Annual administration and progress report of the Indian Medical Department, Bombay
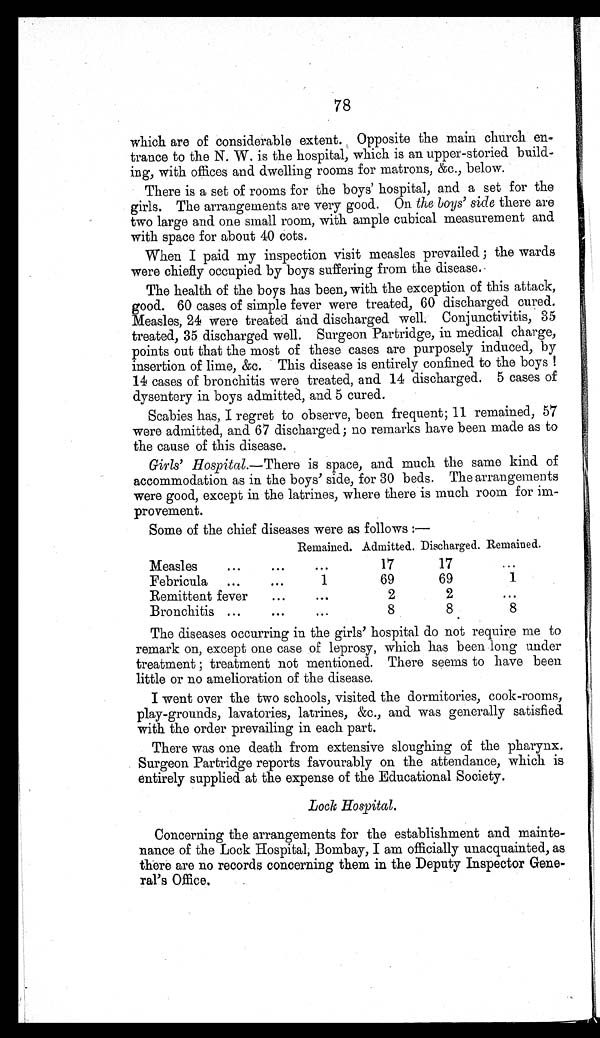
78
which are of considerable extent. Opposite the main church en-
trance to the N. W. is the hospital, which is an upper-storied build-
ing, with offices and dwelling rooms for matrons, &c., below.
There is a set of rooms for the boys' hospital, and a set for the
girls. The arrangements are very good. On the boys' side there are
two large and one small room, with ample cubical measurement and
with space for about 40 cots.
When I paid my inspection visit measles prevailed ; the wards
were chiefly occupied by boys suffering from the disease.
The health of the boys has been, with the exception of this attack,
good. 60 cases of simple fever were treated, 60 discharged cured.
Measles, 24 were treated and discharged well. Conjunctivitis, 35
treated, 35 discharged well. Surgeon Partridge, in medical charge,
points out that the most of these cases are purposely induced, by
insertion of lime, &c. This disease is entirely confined to the boys !
14 cases of bronchitis were treated, and 14 discharged. 5 cases of
dysentery in boys admitted, and 5 cured.
Scabies has, I regret to observe, been frequent; 11 remained, 57
were admitted, and 67 discharged ; no remarks have been made as to
the cause of this disease.
Girls' Hospital.— There is space, and much the same kind of
accommodation as in the boys' side, for 30 beds. The arrangements
were good, except in the latrines, where there is much room for im-
provement.
Some of the chief diseases were as follows :—
Remained. Admitted. Discharged. Remained.
Measles
...
. . .
...
17
17
. . .
Febricula ...
...
1
69
69
1
Remittent fever
...
. . .
2
2
. . .
Bronchitis ...
...
. . .
8
8
8
The diseases occurring in the girls' hospital do not require me to
remark on, except one case of leprosy, which has been long under
treatment ; treatment not mentioned. There seems to have been
little or no amelioration of the disease.
I went over the two schools, visited the dormitories, cook-rooms,
play-grounds, lavatories, latrines, &c., and was generally satisfied
with the order prevailing in each part.
There was one death from extensive sloughing of the pharynx.
Surgeon Partridge reports favourably on the attendance, which is
entirely supplied at the expense of the Educational Society.
Lock Hospital.
Concerning the arrangements for the establishment and mainte-
nance of the Lock Hospital, Bombay, I am officially unacquainted, as
there are no records concerning them in the Deputy Inspector Gene-
ral's Office.